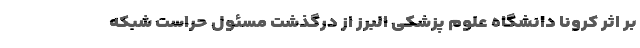
بر اثر کرونا دانشگاه علوم پزشکی البرز از درگذشت مسئول حراست شبکه